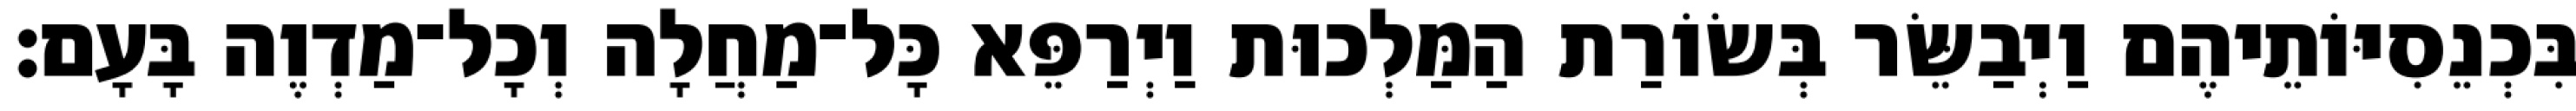
בִּכְנֵסִיּוֹתֵיהֶם וַיְבַשֵּׂר בְּשׂוֹרַת הַמַּלְכוּת וַיְרַפֵּא כָּל־מַחֲלָה וְכָל־מַדְוֶה בָּעָם׃